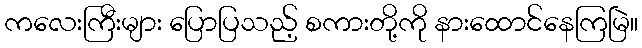
ကလေးကြီးများ ပြောပြသည့် စကားတို့ကို နားထောင်နေကြမြဲ။